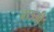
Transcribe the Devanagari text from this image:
बाउजी